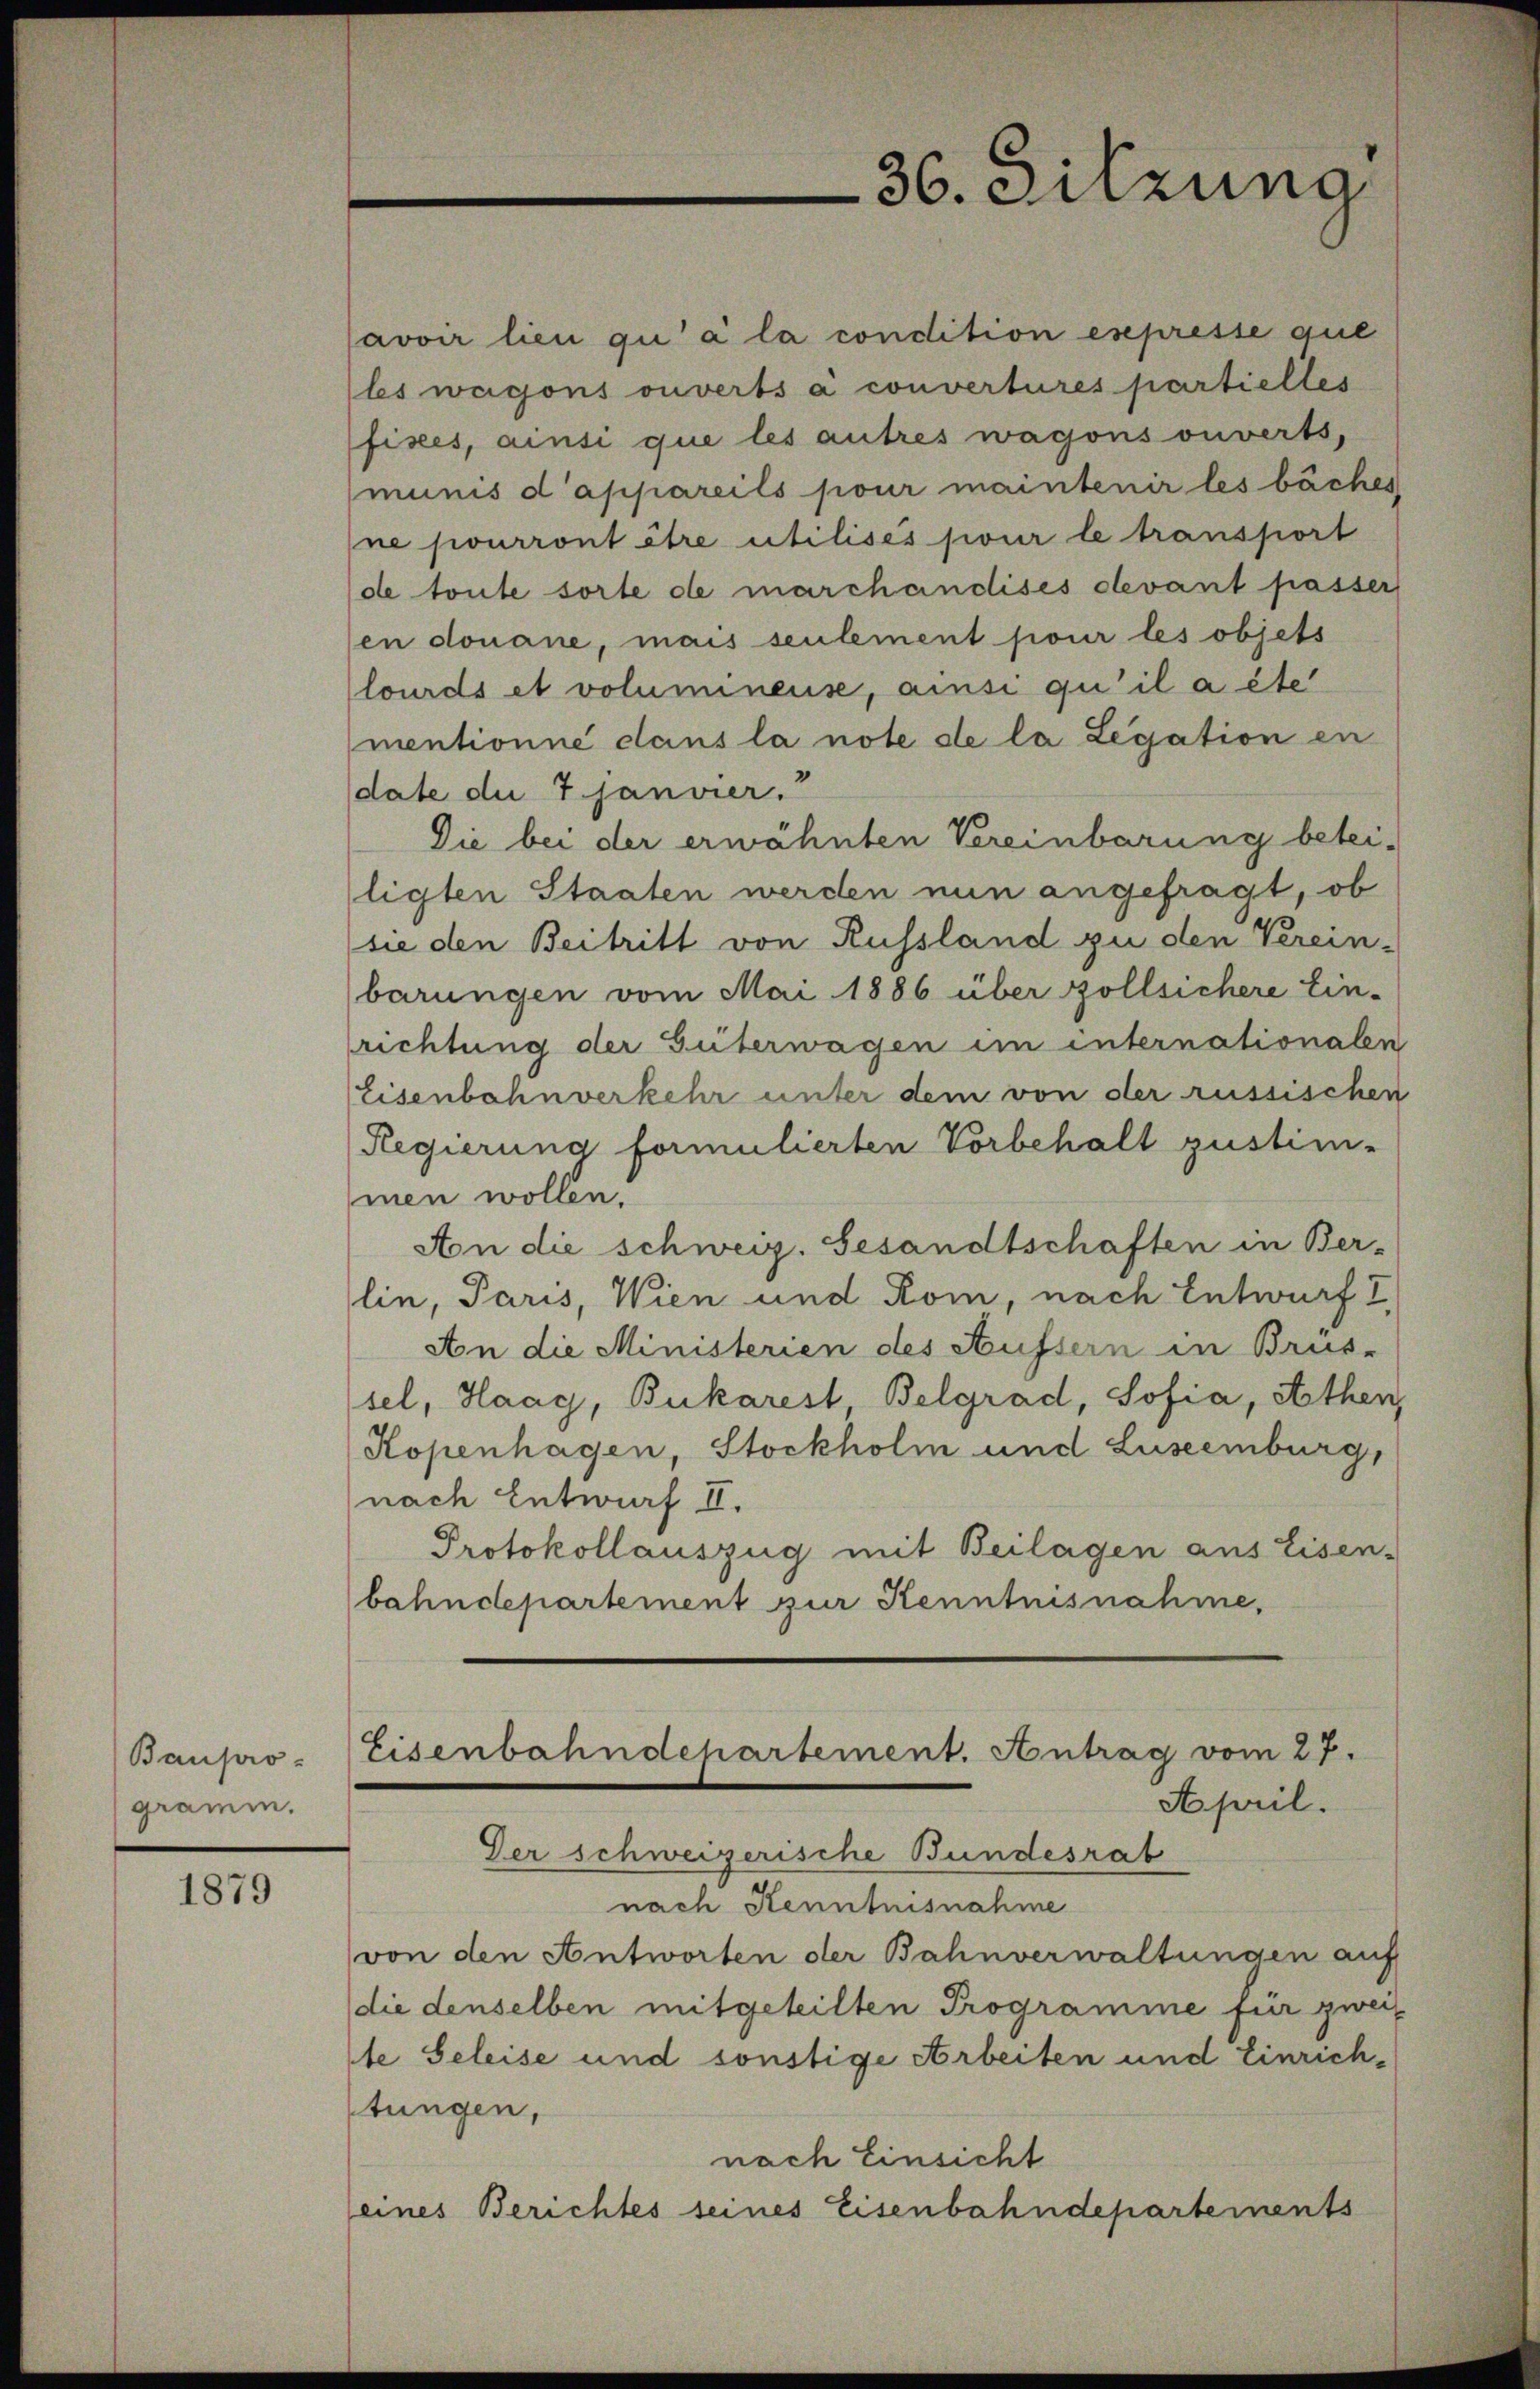
Baupro
gramm.

1879

Eisenbahndepartement. Antrag vom 27.
April.
Der schweizerische Bundesrat

36. Sitzung

javoir lieu qu’ à la condition esepresse que
les wagons ouverts a convertures partielles
fixes, ainsi que les autres wagons ouverts,
munis d’appareils pour maintenir les bäches
ne pourront être utilisés pour le transport
de toute sorte de marchandises devant passer
en douane, mais seulement pour les objets
lourds et voluminense, ainsi qu’il a éte
mentionné dans la note de la Legation en
date die 7 janvier.
Die bei der erwähnten Vereinbarung betei-
ligten Staaten werden nun angefragt, ob
sie den Beitritt von Russland zu den Verein-
barungen vom Mai 1886 über zollsichere Ein-
richtung der Güterwagen im internationalen
Eisenbahnverkehr unter dem von der russischen
Regierung formulierten Vorbehalt zustim-
men wollen.
Aon die schweiz. Gesandtschaften in Ber-
lin, Paris, Wien und Rom, nach Entwurf I
An die Ministerien des Aufsern in Brus-
sel, Haag, Bukarest Belgrad, Sofia, Athen
Kopenhagen, Stockholm und Luseemburg,
nach Entwurf II.
Protokollauszug mit Beilagen aus Eisen-
bahndepartement zur Kenntnisnahme,

nach Kenntnisnahme
von den Antworten der Bahnverwaltungen auf
die denselben mitgeteilten Programme für zweite Seleise und sonstige Arbeiten und Einrich-
stungen,
nach Einsicht
eines Berichtes seines Eisenbahndepartements